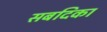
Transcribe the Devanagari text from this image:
सबदिका